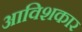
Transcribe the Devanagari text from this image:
आविशकार